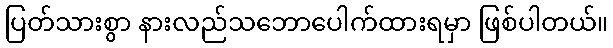
ပြတ်သားစွာ နားလည်သဘောပေါက်ထားရမှာ ဖြစ်ပါတယ်။